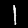
Digit: 1